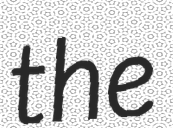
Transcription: the